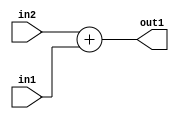
`timescale 1ps / 1ps
/*****************************************************************************
    Verilog RTL Description
    
    
    Created by: Stratus DpOpt 2019.1.01 
*******************************************************************************/

module st_feature_addr_gen_Add_16Ux16U_17U_1 (
	in2,
	in1,
	out1
	); /* architecture "behavioural" */ 
input [15:0] in2,
	in1;
output [16:0] out1;
wire [16:0] asc001;

assign asc001 = 
	+(in2)
	+(in1);

assign out1 = asc001;
endmodule

/* CADENCE  ubD5Qgk= : u9/ySgnWtBlWxVPRXgAZ4Og= ** DO NOT EDIT THIS LINE ******/